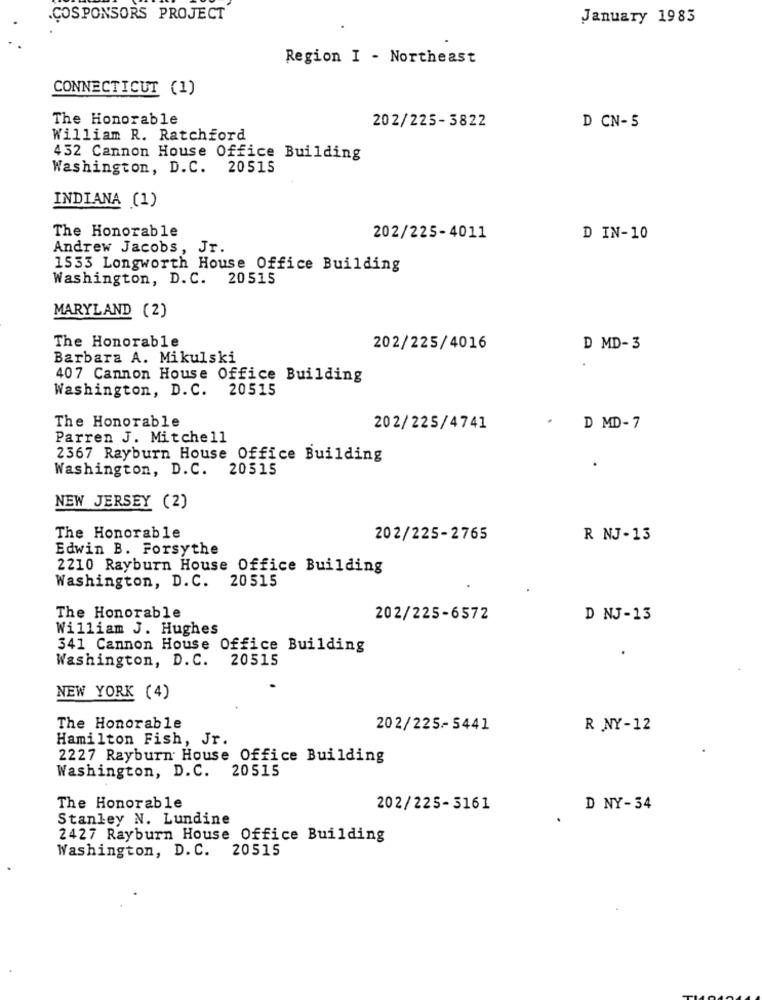
.ÇOSPONSORS PROJECT
January 1983
Region I - Northeast
CONNECTICUT (1)
The Honorable
202/225-3822
D CN-5
William R. Ratchford
432 Cannon House Office Building
Washington, D.C. 20515
INDIANA (1)
The Honorable
202/225-4011
D IN-10
Andrew Jacobs, Jr.
1533 Longworth House Office Building
Washington, D.C. 20515
MARYLAND (2)
The Honorable
202/225/4016
D MD- 3
Barbara A. Mikulski
407 Cannon House Office Building
Washington, D.C. 20515
The Honorable
.
202/225/4741
D MD- 7
Parren J. Mitchell
2367 Rayburn House Office Building
Washington, D.C. 20515
NEW JERSEY (2)
The Honorable
202/225-2765
R NJ-13
Edwin B. Forsythe
2210 Rayburn House Office Building
Washington, D.C. 20515
The Honorable
202/225-6572
D NJ-13
William J. Hughes
341 Cannon House Office Building
Washington, D. C.
20515
NEW YORK (4)
The Honorable
202/225-5441
R NY-12
Hamilton Fish, Jr.
2227 Rayburn House Office Building
Washington, D.C. 20515
The Honorable
202/225-3161
D NY-34
Stanley N. Lundine
2427 Rayburn House Office Building
Washington, D. C.
20515